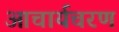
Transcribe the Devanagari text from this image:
आचार्यचरण